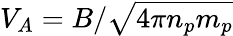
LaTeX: V_{A}=B/\sqrt{4\pi n_{p}m_{p}}